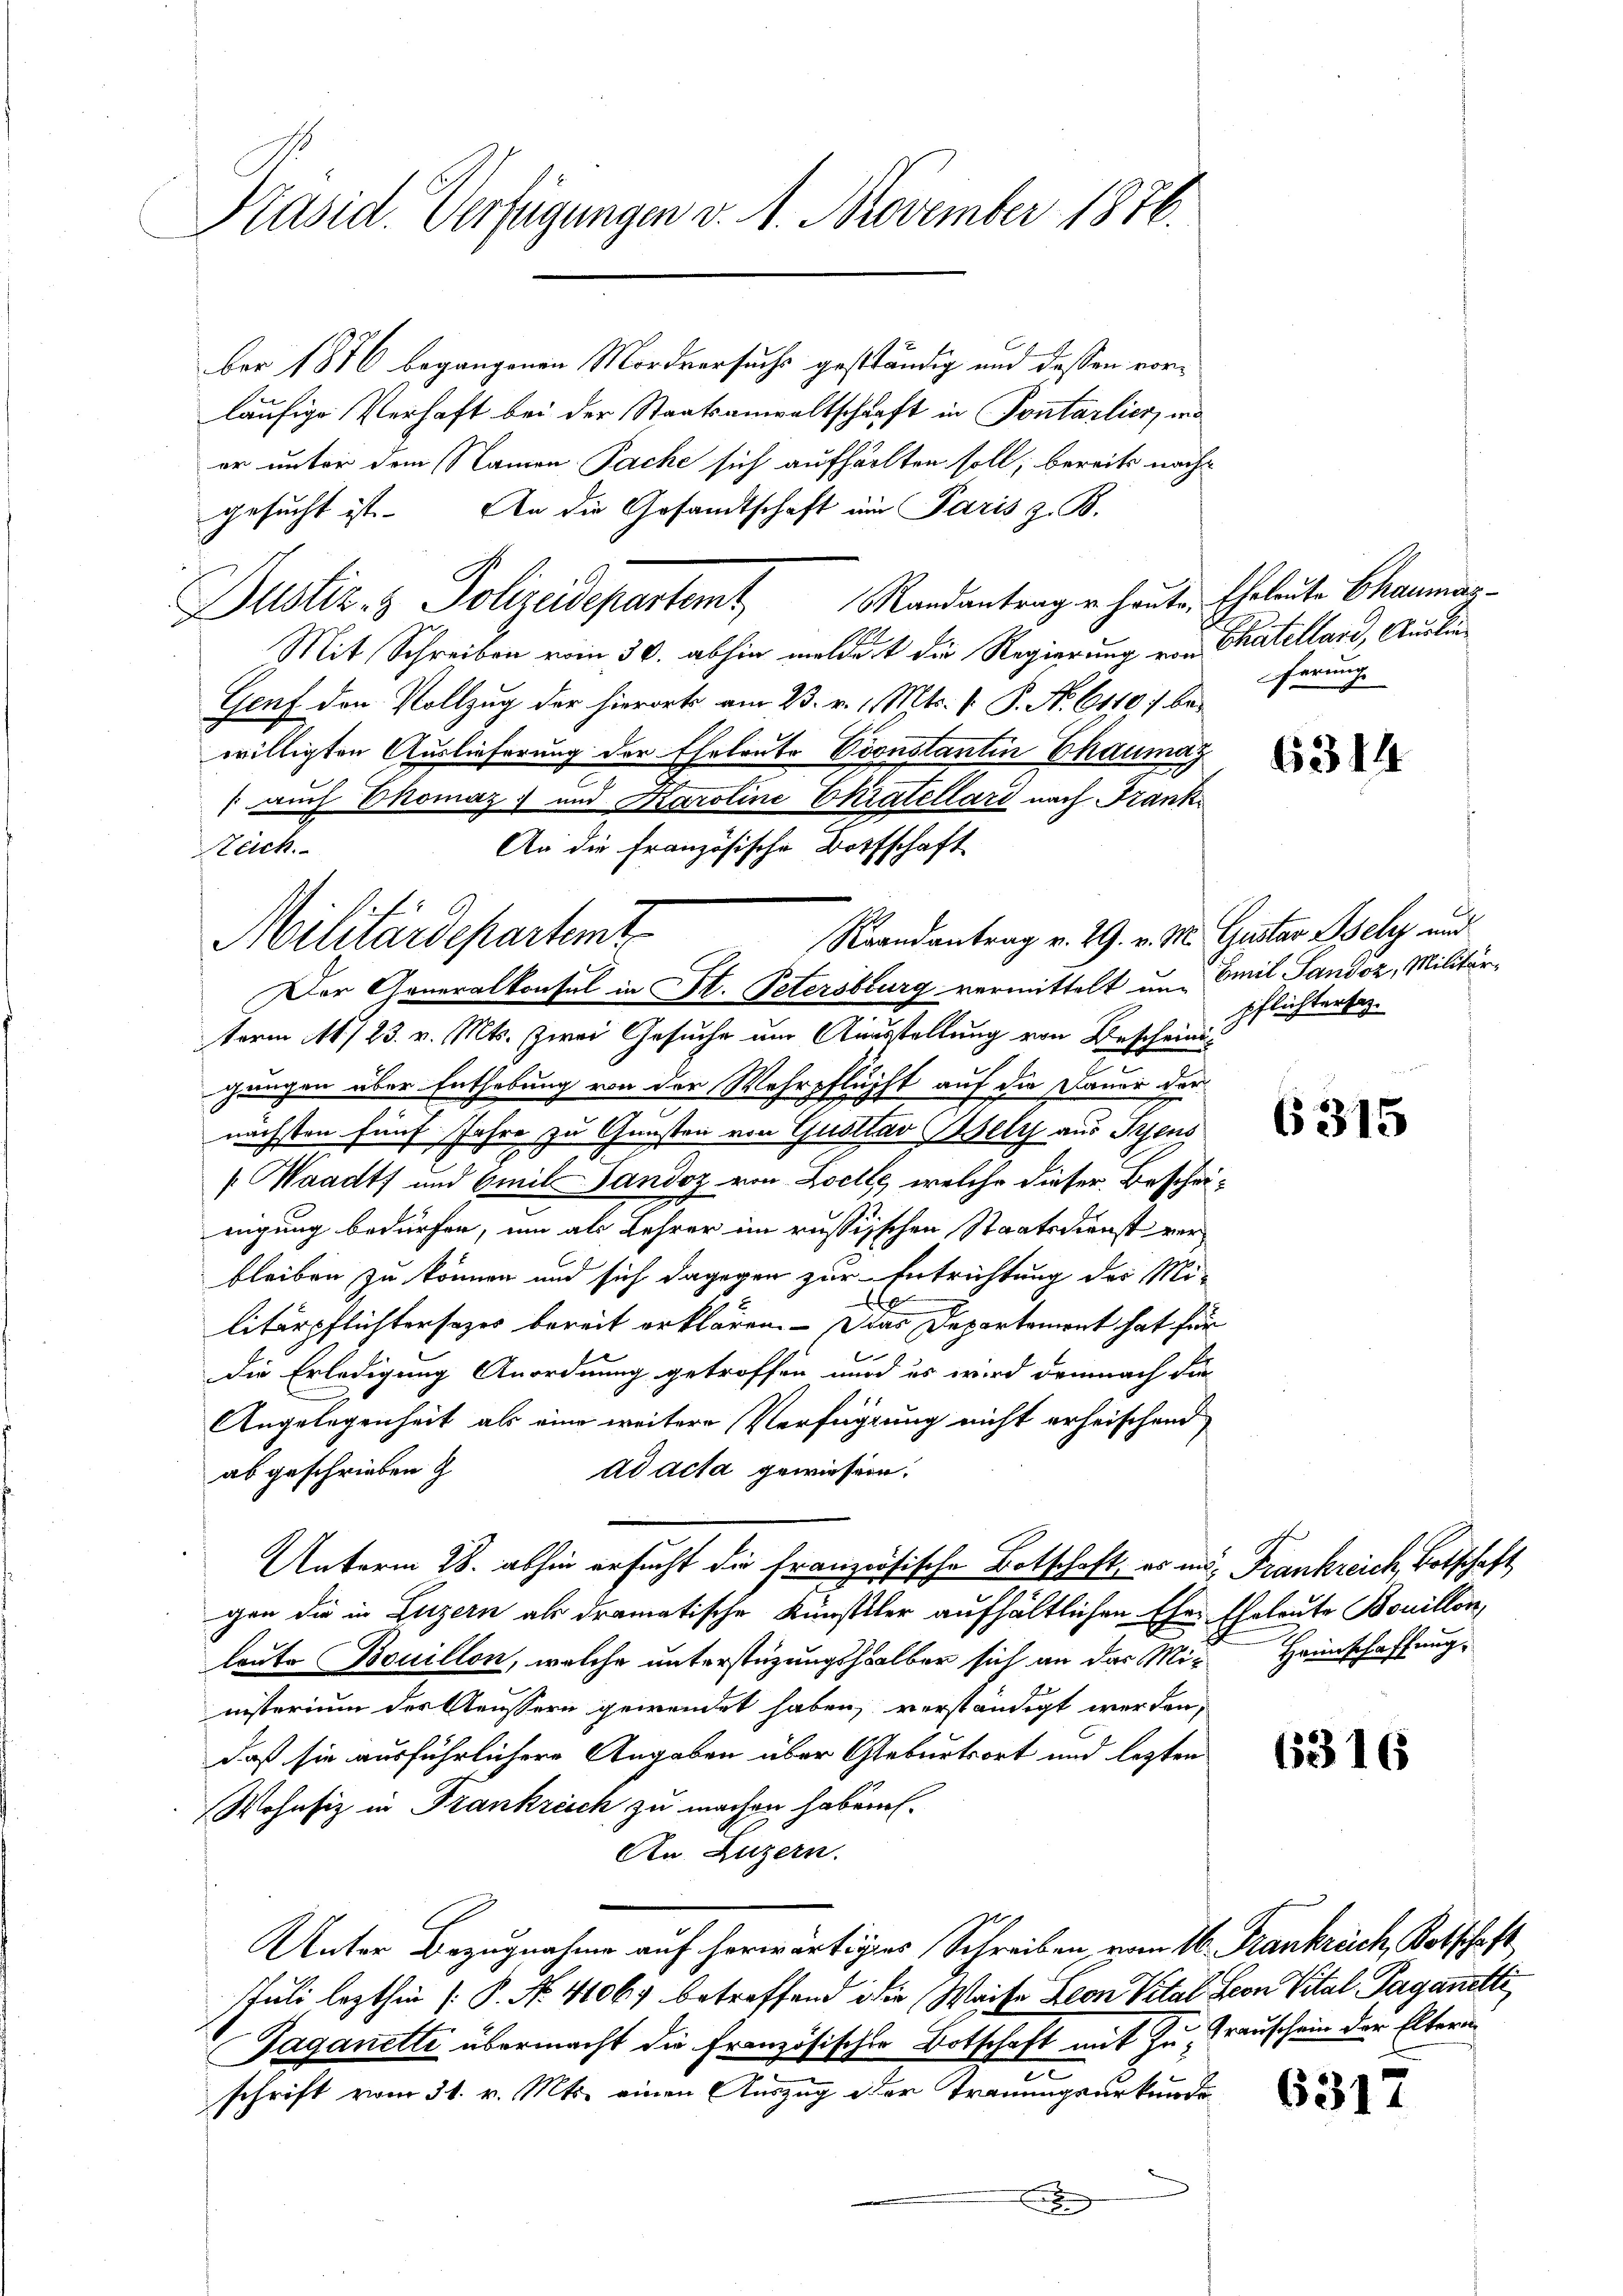
Präsid. Verfügungen v. 1. November 1876.

ber 1876 begangenen Mordversuchs geständig und dessen vorläufige Verhaft bei der Staatsanwaltschaft in Pontarlier, ma
er unter dem Namen Pache sich aufhalten soll, bereits nachgesucht ist. An die Gesandtschaft im Paris z. B.
Justiz- & Polizeidepartamt Randantrage heute Eheleute Chanmas¬
Mit Schreiben vom 30. abhin meldet die Regierung von Chatellare, Auslan¬
Genf den Vollzug der hierorts am 23. v. 1. Mts. f. P. No. 6110 f bewilligten Auslieferung der Eheleute Constantin Chaumaz
Raandantrag v. 29. v. M. Gustav Bsely und
Der Generalkonsul in H. Petersburg vermittelt und Emil Sandoz, Militärterm 16/23. v. Mts. Zwei Gesuche um Ausstellung von Bescheinigungen über Enthebung von der Wehrpflucht auf die Dauer der
nächsten fünf Jahre zu Gunsten von Quotlav elz aus Trens
[Waadt und mit Sandoz von Loelle, welche dieser Bescheinigung bedürfen, um als Lehrer im russischen Staatsdienst verbleiben zu können und sich dagegen zur Entrichtung der Mix
litärpflichtersezes bereit erklären. Das Departement hat für
die Erledigung Anordnung getroffen und es wird demnach die
Angelegenheit als eine weitere Verfügung nicht erheischend
abgeschrieben
ad acta gewiesen.
Unterm 28. abhin ersucht die französische Botschaft, es ins Frankreich, Botschaft
gen die in Luzern als dramatische Künstler aufhältlichen Eher Eheleute Bouillon,
loute Bouillon, welche unterstüzungshalber sich an das Mi-Heimschaffung
nisterium der Aeussern gewendet haben, verständigt werden,
daß sie ausführlichere Angaben über Geburtsort und lezten
Wohnsiz in Frankreich zu machen haben.
An Luzern.
Unter Bezugnahme auf herwärtiges Schreiben vom 16. Frankreich, Kotschaft
Juli lezthin (P. No. 41067 betreffend die Weise Leon Vital Herr Vital Paganetti
Jaganetti übermacht die Französischen Botschaft mit zu rauschein der Eltern
schrift vom 31. v. Mts. einen Auszug oder Trauungsurkunde
.

(auch Thomaz: und Karoline Ekratellard nach Frank¬
An die Französische Bottschaft
Reich
Militärdepartent

ferung

6314

pflichtertag.

6315

6316

6317